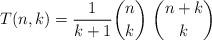
LaTeX: \begin{gather*}T(n,k)= {1 \over {k+1}} {n \choose k}~{n+k \choose k}\end{gather*}